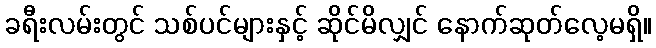
ခရီးလမ်းတွင် သစ်ပင်များနှင့် ဆိုင်မိလျှင် နောက်ဆုတ်လေ့မရှိ။